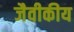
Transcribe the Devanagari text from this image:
जैवीकीय